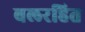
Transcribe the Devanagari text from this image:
बलरहित